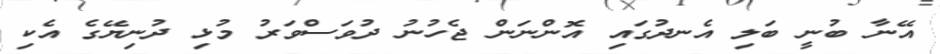
އޭނާ ބުނީ ބަލި އެނދުގައި އޮންނަން ޖެހުނު ދުވަސްވަރު މުޅި ދުނިޔޭގެ އެކި